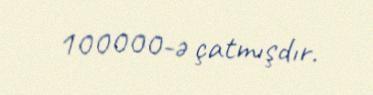
100000-ə çatmışdır.